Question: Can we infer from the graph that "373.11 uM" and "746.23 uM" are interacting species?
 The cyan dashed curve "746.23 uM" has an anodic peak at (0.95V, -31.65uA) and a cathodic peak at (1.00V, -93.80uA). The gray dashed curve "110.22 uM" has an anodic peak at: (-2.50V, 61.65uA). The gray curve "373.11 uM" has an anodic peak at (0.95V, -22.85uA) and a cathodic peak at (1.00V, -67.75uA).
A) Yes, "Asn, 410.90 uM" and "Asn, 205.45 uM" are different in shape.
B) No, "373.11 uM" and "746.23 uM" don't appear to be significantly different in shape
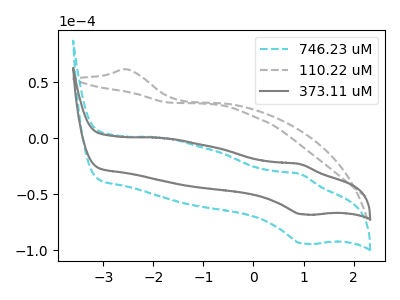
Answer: <think>All the peaks in "373.11 uM" have a peak in "746.23 uM" at the same potential.
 </think>
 <answer>B) No, "373.11 uM" and "746.23 uM" don't appear to be significantly different in shape</answer>
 <eval>B</eval>